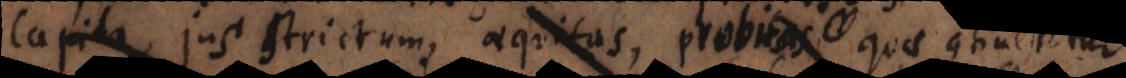
, jus strictum, aequitas, probitas, quae continentur